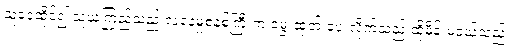
သူနေထိုင်၍ သူယုံကြည်သည့် လူနေမှုစနစ်ကြီးက မွေးထုတ် ပေးလိုက်သည့် ထိုမိန်းမငယ်သည်